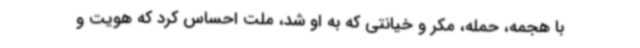
با هجمه، حمله، مکر و خیانتی که به او شد، ملت احساس کرد که هویت و